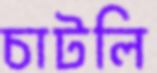
চাটলি